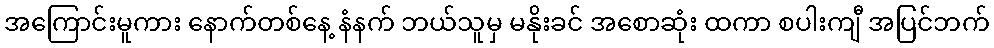
အကြောင်းမူကား နောက်တစ်နေ့ နံနက် ဘယ်သူမှ မနိုးခင် အစောဆုံး ထကာ စပါးကျီ အပြင်ဘက်